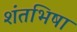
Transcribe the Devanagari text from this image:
शंतभिषा